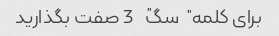
برای کلمه "سگ" 3 صفت بگذارید